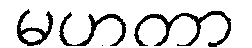
မဟတာ